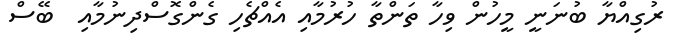
ރުގިއްޔާ ބުނަނީ މީހުން ވިހާ ތަންތާ ހުރުމާއި އެއްޗެހި ގެންގޮސްދިނުމާއި  ބޭސް